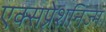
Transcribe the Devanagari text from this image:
एक्सप्रेशनिज्म